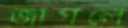
জাগলে